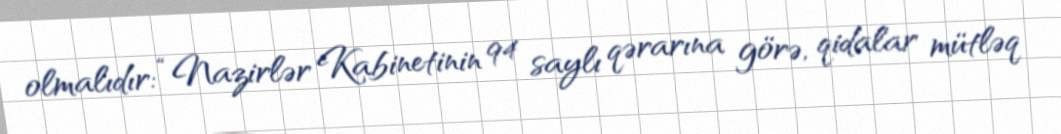
olmalıdır: “Nazirlər Kabinetinin 94 saylı qərarına görə, qidalar mütləq